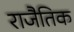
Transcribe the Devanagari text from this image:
राजैतिक